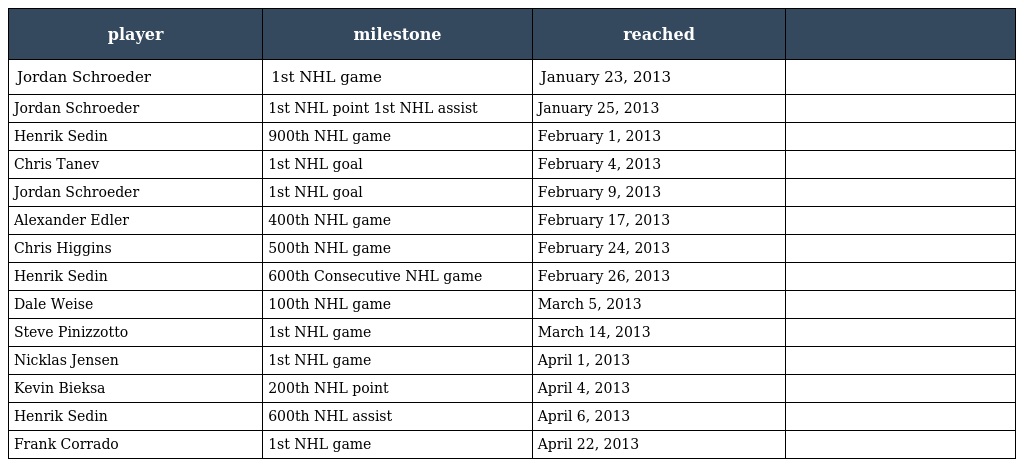
| player | milestone | reached |  |
 | --- | --- | --- | --- |
 | Jordan Schroeder | 1st NHL game | January 23, 2013 |  |
 | Jordan Schroeder | 1st NHL point 1st NHL assist | January 25, 2013 |  |
 | Henrik Sedin | 900th NHL game | February 1, 2013 |  |
 | Chris Tanev | 1st NHL goal | February 4, 2013 |  |
 | Jordan Schroeder | 1st NHL goal | February 9, 2013 |  |
 | Alexander Edler | 400th NHL game | February 17, 2013 |  |
 | Chris Higgins | 500th NHL game | February 24, 2013 |  |
 | Henrik Sedin | 600th Consecutive NHL game | February 26, 2013 |  |
 | Dale Weise | 100th NHL game | March 5, 2013 |  |
 | Steve Pinizzotto | 1st NHL game | March 14, 2013 |  |
 | Nicklas Jensen | 1st NHL game | April 1, 2013 |  |
 | Kevin Bieksa | 200th NHL point | April 4, 2013 |  |
 | Henrik Sedin | 600th NHL assist | April 6, 2013 |  |
 | Frank Corrado | 1st NHL game | April 22, 2013 |  |